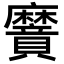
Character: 𮮌